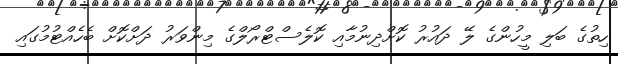
ހިތުގެ ބަލި މީހުންގެ ލޭ ދައުރު ކޮށްދިނުމާއި ކޮލެސްޓްރޯލްގެ މިންވަރު ދަށްކޮށް ބެހެއްޓުމުގައި